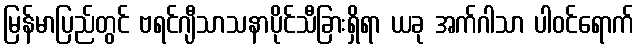
မြန်မာပြည်တွင် ဗရင်ဂျီသာသနာပိုင်သီခြားရှိရာ ယခု အက်ဂါသာ ပါဝင်ရောက်